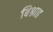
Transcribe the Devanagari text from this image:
बिश्नाह